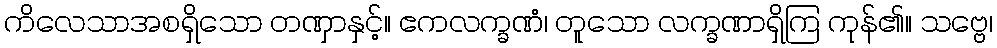
ကိလေသာအစရှိသော တဏှာနှင့်။ ဧကလက္ခဏံ၊ တူသော လက္ခဏာရှိကြ ကုန်၏။ သဗ္ဗေ၊